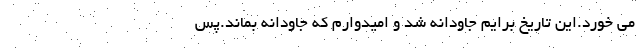
می خورد.این تاریخ برایم جاودانه شد و امیدوارم که جاودانه بماند.پس